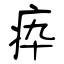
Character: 疩